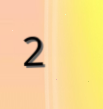
2